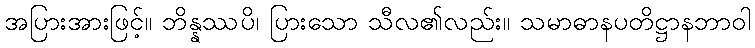
အပြားအားဖြင့်။ ဘိန္နဿပိ၊ ပြားသော သီလ၏လည်း။ သမာဓာနပတိဋ္ဌာနဘာဝါ